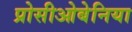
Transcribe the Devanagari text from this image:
प्रोसीओबेनिया